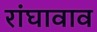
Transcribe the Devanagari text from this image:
रांघावाव